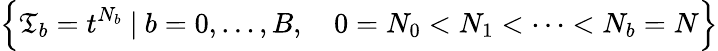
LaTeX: \Big\{ \mathfrak{T}_{b}=t^{N_{b}}\ |\ b=0,\dots,B,\quad 0=N_{0}<N_{1}<\dots<N_{b}=N\Big\}